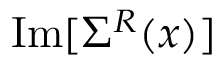
\operatorname { I m } [ \Sigma ^ { R } ( x ) ]